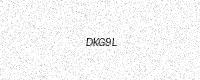
Text: DKG9L